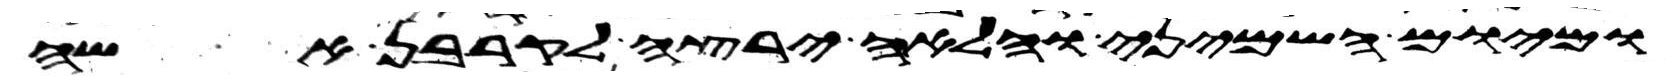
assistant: ומיום השמיני והלאה ירצה לקרבן אשה